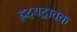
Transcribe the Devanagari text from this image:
ह्रदयद्रावक